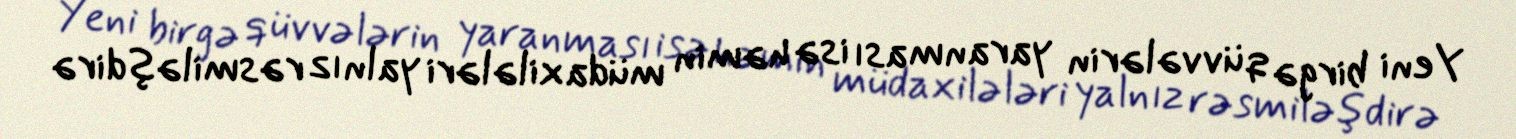
Yeni birgə qüvvələrin yaranması isə həmin müdaxilələri yalnız rəsmiləşdirə